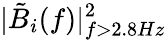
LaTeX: |\tilde{B}_{i}(f)|_{f>2.8Hz}^{2}